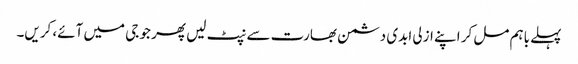
پہلے باہم مل کر اپنے ازلی ابدی دشمن بھارت سے نپٹ لیں پھر جو جی میں آئے، کریں۔